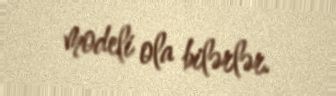
modeli ola bilərlər.